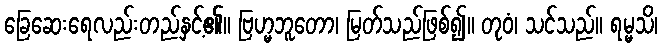
ခြေဆေးရေလည်းတည်နှင့်၏။ ဗြဟ္မဘူတော၊ မြတ်သည်ဖြစ်၍။ တုဝံ၊ သင်သည်။ ရမ္မသိ၊